Veterinary regulations India, 1935 -
Year: 1935
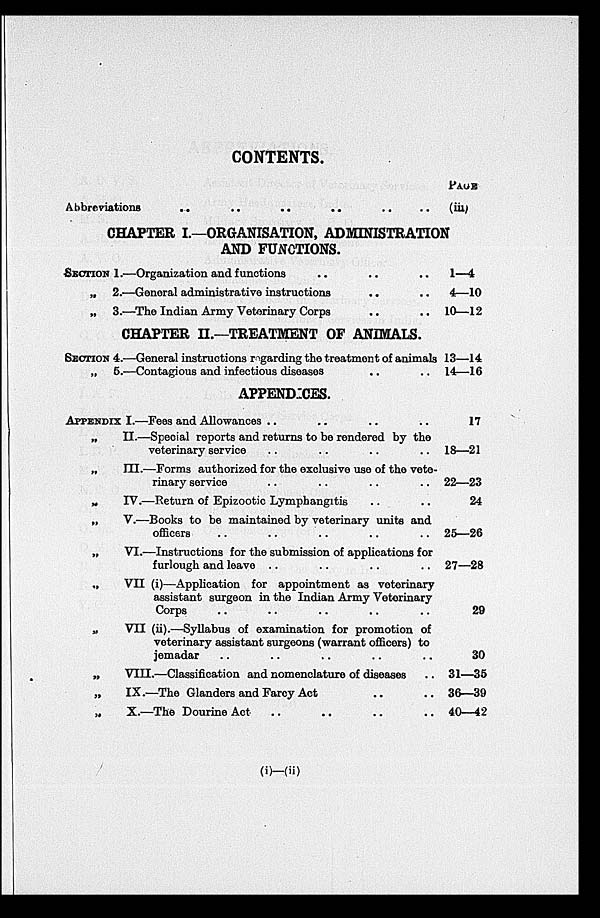
CONTENTS.
Abbreviations
..
..
..
.. (iii)
CHAPTER I.—ORGANISATION, ADMINISTRATION
AND FUNCTIONS.
SECTION 1.—Organization and functions .. ..
„ 2.—General administrative instructions .. ..
„ 3.—The Indian Army Veterinary Corps .. ..
CHAPTER II.—TREATMENT OF ANIMALS.
SECTION 4.—General instructions regarding the treatment of animals
„ 5.—Contagious and infectious diseases .. ..
APPENDICES.
APPENDIX I.—Fees and Allowances .. .. .. ..
„
II.—Special reports and returns to be rendered by the
veterinary service .. .. .. ..
„
III.—Forms authorized for the exclusive use of the vete-
rinary service .. .. ..
„
IV.—Return of Epizootic Lymphangitis .. ..
„
V.—Books to be maintained by veterinary units and
officers .. .. ..
„
VI.—Instructions for the submission of applications for
furlough and leave .. .. .. ..
„
VII (i)—Application for appointment as veterinary
assistant surgeon in the Indian Army Veterinary
Corps .. .. .. .. ..
„
VII (ii).—Syllabus of examination for promotion of
veterinary assistant surgeons (warrant officers) to
jemadar .. .. .. ..
„
VIII.—Classification and nomenclature of diseases ..
„
IX.—The Glanders and Farcy Act .. ..
„
X.—The Dourine Act .. .. .. ..
PAGE
1—4
4—10
10—12
13—14
14—16
17
18—21
22—23
24
25—26
27—28
29
30
31—35
36—39
40—42
(i)—(ii)